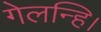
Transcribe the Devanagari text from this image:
गेलन्हि।